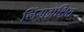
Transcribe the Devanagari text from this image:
लिंगग्रथित